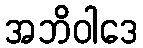
အဘိဝါဒေ